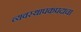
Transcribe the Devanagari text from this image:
व्यवस्थापकपदाचा